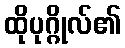
ထိုပုဂ္ဂိုလ်၏